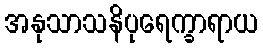
အနုသာသနိပုရေက္ခာရာယ